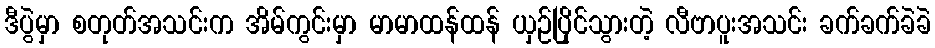
ဒီပွဲမှာ စတုတ်အသင်းက အိမ်ကွင်းမှာ မာမာထန်ထန် ယှဉ်ပြိုင်သွားတဲ့ လီဗာပူးအသင်း ခက်ခက်ခဲခဲ